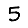
Digit: 5